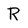
Character: R